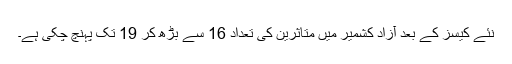
نئے کیسز کے بعد آزاد کشمیر میں متاثرین کی تعداد 16 سے بڑھ کر 19 تک پہنچ چکی ہے۔